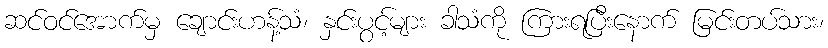
ဆင်ဝင်အောက်မှ ချောင်းဟန့်သံ၊ နှင်းပွင့်များ ခါသံကို ကြားရပြီးနောက် မြင်းတပ်သား၊